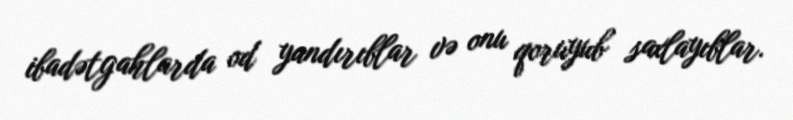
ibadətgahlarda od yandırıblar və onu qoruyub saxlayıblar.